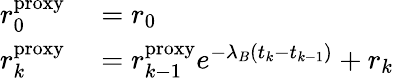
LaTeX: \begin{array}{rl}{r_{0}^{\mathrm{proxy}}}&{{}=r_{0}}\\ {r_{k}^{\mathrm{proxy}}}&{{}=r_{k-1}^{\mathrm{proxy}}e^{-\lambda_{B}(t_{k}-t_{k-1})}+r_{k}}\end{array}